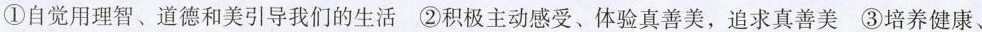
①自觉用理智、道德和美引导我们的生活②积极主动感受、体验真善美，追求真善美③培养健康、